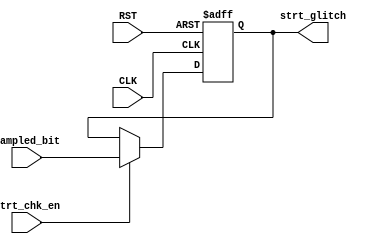
/********************************************************************************************/
/********************************************************************************************/
/**************************		Author: Alyaa Mohamed    ************************************/
/**************************		Module: strt_check       ************************************/
/********************************************************************************************/
/********************************************************************************************/

module strt_check 
(
    input   wire        strt_chk_en                         ,
    input   wire        sampled_bit                         ,
    input   wire        CLK                                 ,
    input   wire        RST                                 ,

    output  reg         strt_glitch
);

/********************************************************************************************/
/********************************************************************************************/

    always@(posedge CLK or negedge RST)
        begin

            if(!RST)
            
                strt_glitch <= 1'b0                         ;
            
            else if(strt_chk_en)

                strt_glitch <= sampled_bit                  ;

        end
    
endmodule